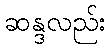
ဆန္ဒလည်း